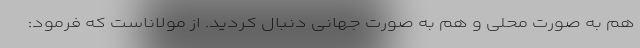
هم به صورت محلی و هم به صورت جهانی دنبال کردید. از مولاناست که فرمود: